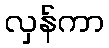
လှန်ကာ